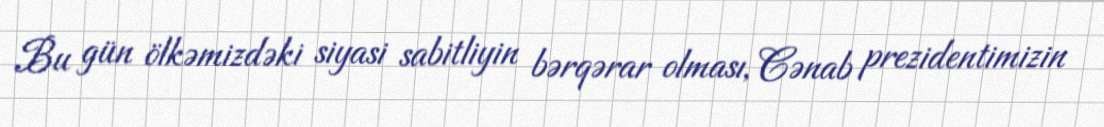
Bu gün ölkəmizdəki siyasi sabitliyin bərqərar olması, Cənab prezidentimizin